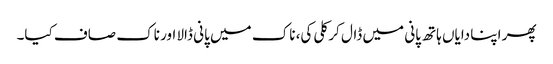
پھر اپنا دایاں ہاتھ پانی میں ڈال کر کلی کی، ناک میں پانی ڈالا اور ناک صاف کیا۔